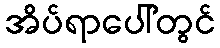
အိပ်ရာပေါ်တွင်